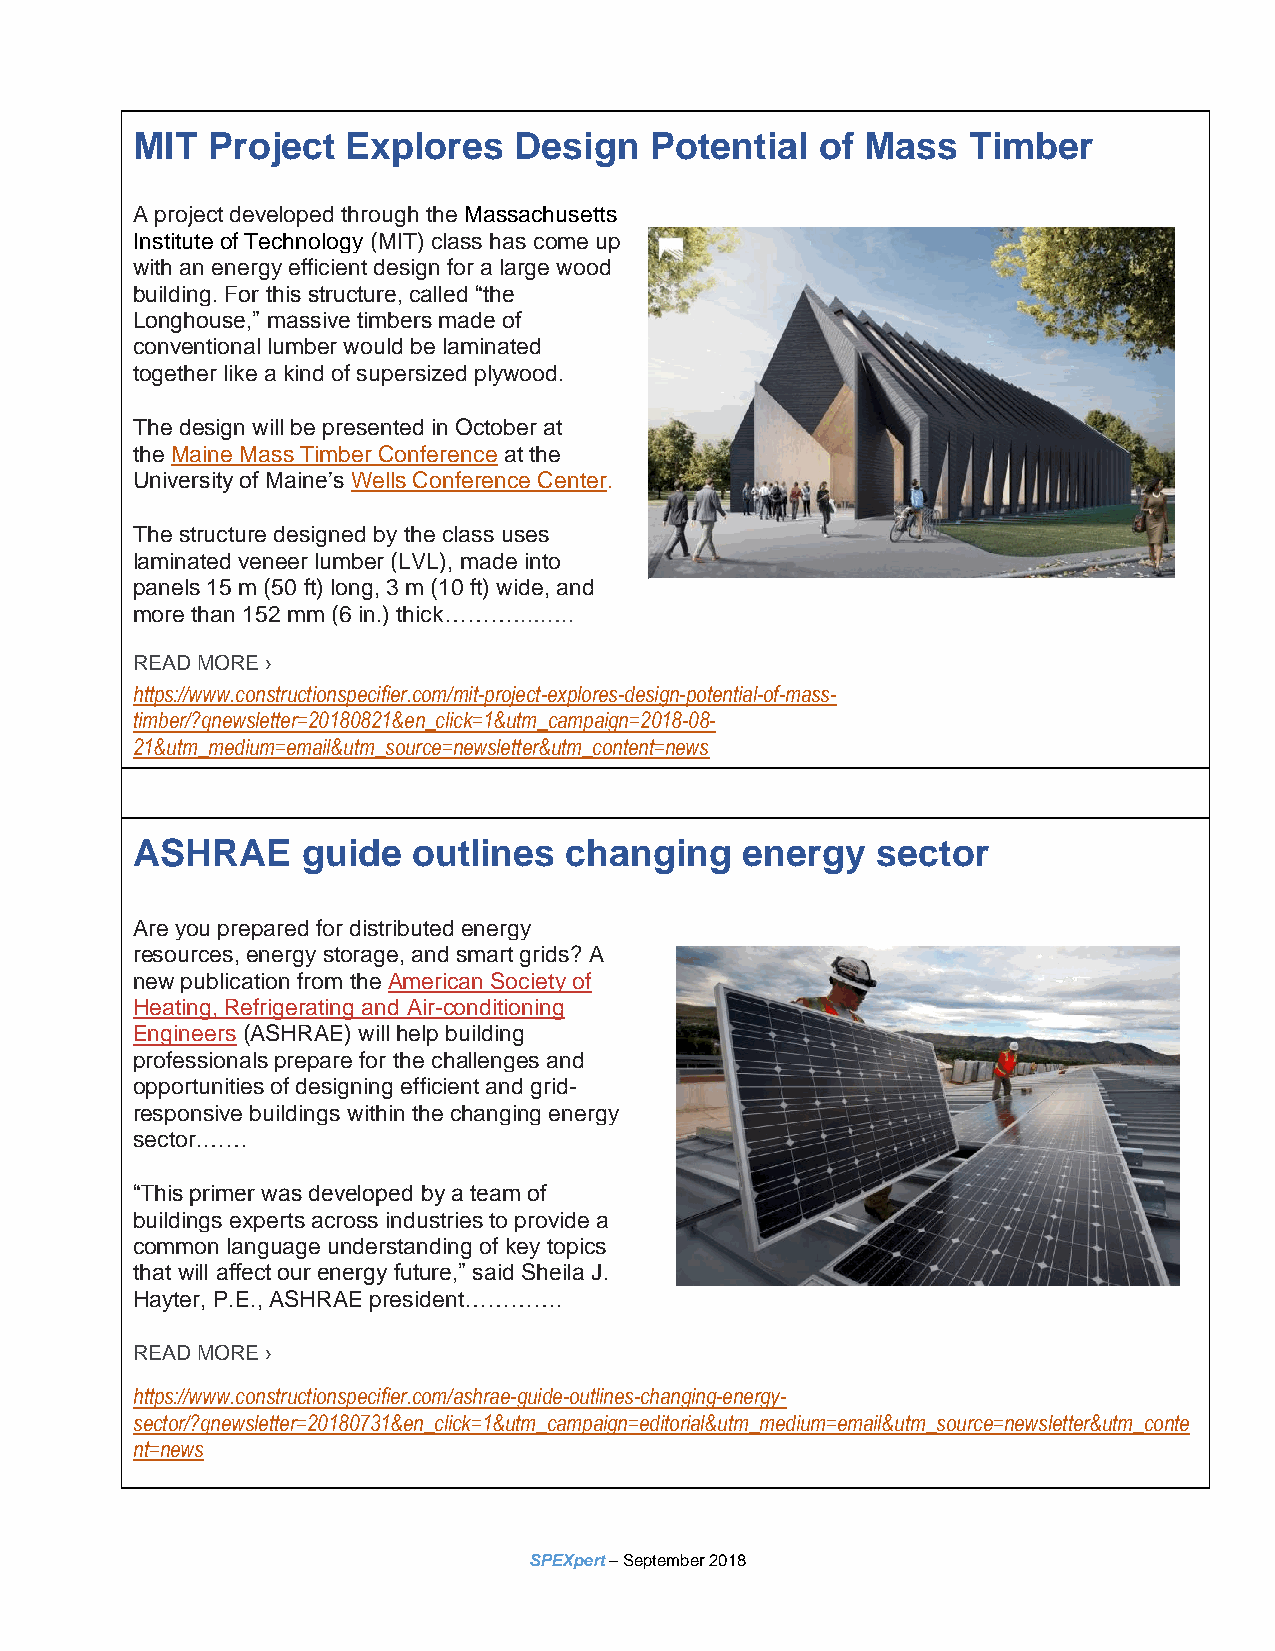
MIT  Project  Explores   Design   Potential  of Mass   Timber
 A project developed through the Massachusetts
 Institute of Technology (MIT) class has come up
 with an energy efficient design for a large wood
 building. For this structure, called “the
 Longhouse,” massive timbers made of
 conventional lumber would be laminated
 together like a kind of supersized plywood.
 The design will be presented in October at
 the Maine Mass Timber Conference at the
 University of Maine’s Wells Conference Center.
 The structure designed by the class uses
 laminated veneer lumber (LVL), made into
 panels 15 m (50 ft) long, 3 m (10 ft) wide, and
 more than 152 mm (6 in.) thick………………
 READ MORE ›
 https://www.constructionspecifier.com/mit-project-explores-design-potential-of-mass-
 timber/?qnewsletter=20180821&en_click=1&utm_campaign=2018-08-
 21&utm_medium=email&utm_source=newsletter&utm_content=news
 ASHRAE     guide  outlines  changing    energy   sector
 Are you prepared for distributed energy
 resources, energy storage, and smart grids? A
 new publication from the American Society of
 Heating, Refrigerating and Air-conditioning
 Engineers (ASHRAE) will help building
 professionals prepare for the challenges and
 opportunities of designing efficient and grid-
 responsive buildings within the changing energy
 sector.……
 “This primer was developed by a team of
 buildings experts across industries to provide a
 common language understanding of key topics
 that will affect our energy future,” said Sheila J.
 Hayter, P.E., ASHRAE president………….
 READ MORE ›
 https://www.constructionspecifier.com/ashrae-guide-outlines-changing-energy-
 sector/?qnewsletter=20180731&en_click=1&utm_campaign=editorial&utm_medium=email&utm_source=newsletter&utm_conte
 nt=news
 SPEXpert – September 2018